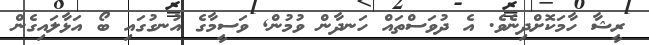
ރީޝާ ހާމަކޮށްދިނެވެ. އެ ދުވަސްތައް ހަނދާން ވުމުން